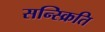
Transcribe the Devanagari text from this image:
सन्स्क्रिति